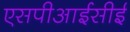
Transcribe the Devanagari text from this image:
एसपीआईसीई